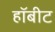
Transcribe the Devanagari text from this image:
हॉबीट